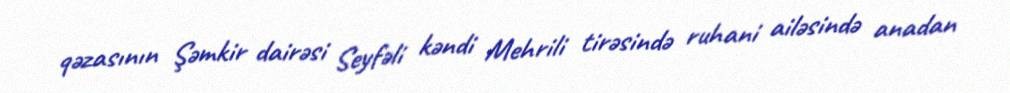
qəzasının Şəmkir dairəsi Seyfəli kəndi Mehrili tirəsində ruhani ailəsində anadan